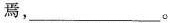
焉， ___。